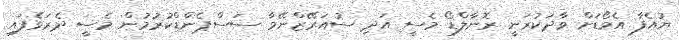
ޔުއެފާ އެވޯޑަށް ވާދަކުރަނީ ރޮނާލްޑޯ މެސީ އަދި ސުއަރޭޒްނޭމާ ސަސްޕެންޑްކުރުމުން މެސީ ދެރަވެފައި